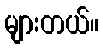
များတယ်။